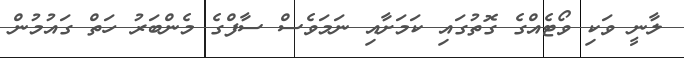
ލާނީ ވަކި ވޯޓެއްގެ ގޮތުގައި ކަމަށާއި ނަމަވެސް ސާފްގެ މެންބަރު ހަތް ގައުމުން